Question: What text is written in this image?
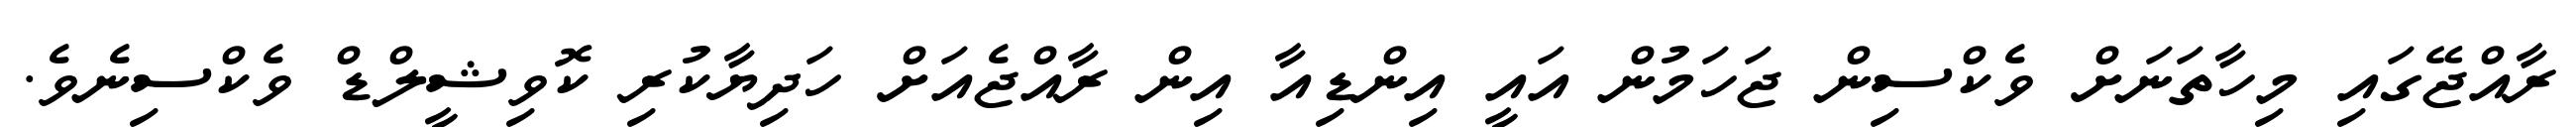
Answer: ރާއްޖޭގައި މިހާތަނަށް ވެކްސިން ޖަހަމުން އައީ އިންޑިއާ އިން ރާއްޖެއަށް ހަދިޔާކުރި ކޮވިޝީލްޑް ވެކްސިނެވެ.